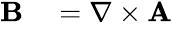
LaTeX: \begin{array}{rl}{\mathbf{B}}&{{}=\mathbf{\nabla}\times\mathbf{A}}\end{array}